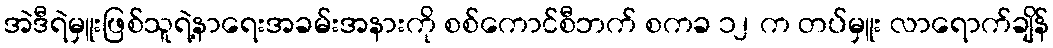
အဲဒီရဲမှူးဖြစ်သူရဲ့နာရေးအခမ်းအနားကို စစ်ကောင်စီဘက် စကခ ၁၂ က တပ်မှူး လာရောက်ချိန်